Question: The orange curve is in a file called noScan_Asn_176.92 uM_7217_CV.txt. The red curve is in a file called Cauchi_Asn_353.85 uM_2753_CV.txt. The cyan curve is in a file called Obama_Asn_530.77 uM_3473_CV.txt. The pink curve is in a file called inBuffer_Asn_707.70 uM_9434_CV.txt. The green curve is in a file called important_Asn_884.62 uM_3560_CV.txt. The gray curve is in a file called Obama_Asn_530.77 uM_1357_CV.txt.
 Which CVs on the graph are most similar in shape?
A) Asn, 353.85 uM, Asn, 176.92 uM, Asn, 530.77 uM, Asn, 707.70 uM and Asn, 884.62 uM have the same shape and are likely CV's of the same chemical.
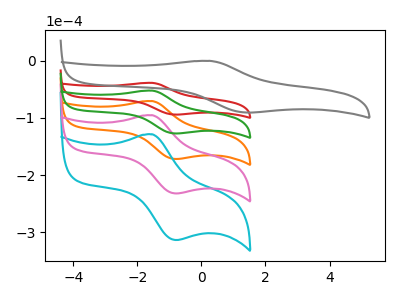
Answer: <think>The orange curve "Asn, 176.92 uM" has an anodic peak at (-1.55V, -104.35uA) and a cathodic peak at (-0.75V, -254.35uA). The red curve "Asn, 353.85 uM" has an anodic peak at (-1.55V, -38.60uA) and a cathodic peak at (-0.75V, -94.15uA). The cyan curve "Asn, 530.77 uM" has an anodic peak at (-1.55V, -208.70uA) and a cathodic peak at (-0.75V, -508.70uA). The pink curve "Asn, 707.70 uM" has an anodic peak at (-1.55V, -156.55uA) and a cathodic peak at (-0.75V, -381.50uA). The green curve "Asn, 884.62 uM" has an anodic peak at (-1.55V, -52.20uA) and a cathodic peak at (-0.75V, -127.15uA). The gray curve "Asn, 530.77 uM" has an anodic peak at (0.25V, -0.15uA) and a cathodic peak at (1.50V, -90.55uA).
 All the peaks in "Asn, 176.92 uM" have a peak in "Asn, 353.85 uM" at the same potential. All the peaks in "Asn, 176.92 uM" have a peak in "Asn, 530.77 uM" at the same potential. All the peaks in "Asn, 176.92 uM" have a peak in "Asn, 707.70 uM" at the same potential. All the peaks in "Asn, 176.92 uM" have a peak in "Asn, 884.62 uM" at the same potential. "Asn, 176.92 uM" and "Asn, 530.77 uM" have at least one peak that do not match. All the peaks in "Asn, 353.85 uM" have a peak in "Asn, 530.77 uM" at the same potential. All the peaks in "Asn, 353.85 uM" have a peak in "Asn, 707.70 uM" at the same potential. All the peaks in "Asn, 353.85 uM" have a peak in "Asn, 884.62 uM" at the same potential. "Asn, 353.85 uM" and "Asn, 530.77 uM" have at least one peak that do not match. All the peaks in "Asn, 530.77 uM" have a peak in "Asn, 707.70 uM" at the same potential. All the peaks in "Asn, 530.77 uM" have a peak in "Asn, 884.62 uM" at the same potential. "Asn, 530.77 uM" and "Asn, 530.77 uM" have at least one peak that do not match. All the peaks in "Asn, 707.70 uM" have a peak in "Asn, 884.62 uM" at the same potential. "Asn, 707.70 uM" and "Asn, 530.77 uM" have at least one peak that do not match. "Asn, 884.62 uM" and "Asn, 530.77 uM" have at least one peak that do not match.</think>
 <answer>A) "Asn, 353.85 uM", "Asn, 176.92 uM", "Asn, 530.77 uM", "Asn, 707.70 uM" and "Asn, 884.62 uM" have the same shape and are likely CV's of the same chemical.</answer>
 <eval>A</eval>